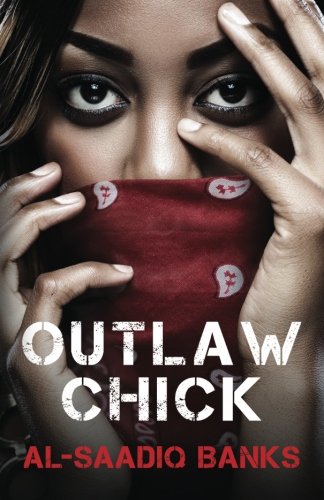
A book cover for Outlaw Chick; Al Saadiq Banks; Literature & Fiction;